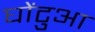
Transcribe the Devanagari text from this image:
घोंटुआ